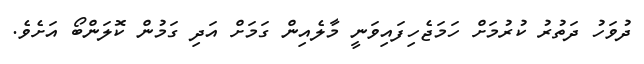
ދުވަހު ދަތުރު ކުރުމަށް ހަމަޖެހިފައިވަނީ މާލެއިން ގަމަށް އަދި ގަމުން ކޮލަންބޯ އަށެވެ.